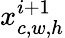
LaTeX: x_{c,w,h}^{i+1}